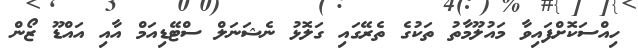
ހިއްސަކޮށްފައިވާ މައުލޫމާތު ތަކުގެ ތެރޭގައި ގަލޮޅު ނެޝަނަލް ސްޓޭޑިއަމް އާއި އައްޑޫ ޒޯން